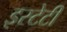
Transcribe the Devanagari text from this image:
इस्टेटी